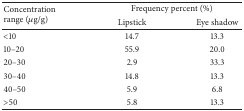
<table><thead><tr><td rowspan="2"><b>Concentration range (<i><i>μ</i></i>g/g)</b></td><td colspan="2"><b>Frequency percent (%)</b></td></tr><tr><td><b>Lipstick</b></td><td><b>Eye shadow</b></td></tr></thead><tbody><tr><td>&lt;10</td><td>14.7</td><td>13.3</td></tr><tr><td>10–20</td><td>55.9</td><td>20.0</td></tr><tr><td>20–30</td><td>2.9</td><td>33.3</td></tr><tr><td>30–40</td><td>14.8</td><td>13.3</td></tr><tr><td>40–50</td><td>5.9</td><td>6.8</td></tr><tr><td>&gt;50</td><td>5.8</td><td>13.3</td></tr></tbody></table>